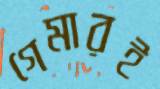
গেমারই